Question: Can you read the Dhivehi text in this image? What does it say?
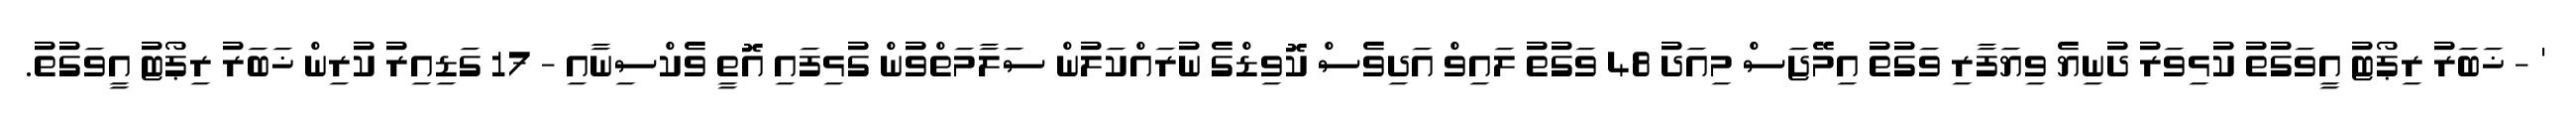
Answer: ' - ޚަބަރު ރިޕޯޓު އީވަގުތު ކުޅިވަރު ދުނިޔެ ވިޔަފާރި ވަގުތު އިމޭޖަސް މިއަދު 48 ވަގުތު ލައިވް އަދިވެސް ކޮވިޑްގެ ނުރައްކަލުން ސަލާމަތްވުން ގުޅިފައި އޮތީ ވެކްސިނާއި - 17 ގަޑިއިރު ކުރިން ޚަބަރު ރިޕޯޓު އީވަގުތު.